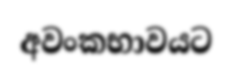
අවංකභාවයට